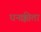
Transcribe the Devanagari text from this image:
धनक्कीता